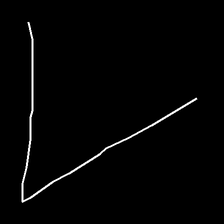
Glyph: region